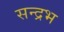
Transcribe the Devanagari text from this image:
सन्द्रभ